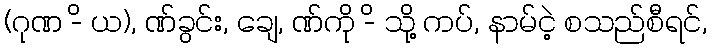
(ဂုဏ -ိ ယ), ဏ်ခွင်း, ချေ, ဏ်ကို -ိ သို့ ကပ်, နာမ်ငဲ့ စသည်စီရင်,